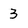
Character: 3